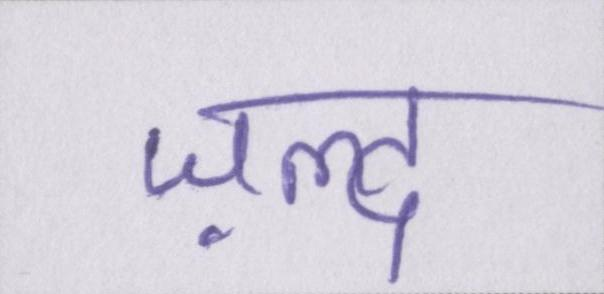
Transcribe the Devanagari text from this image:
ज़ल्द